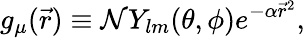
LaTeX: g_{\mu}(\vec{r})\equiv\mathcal{N}Y_{lm}(\theta,\phi)e^{-\alpha\vec{r}^{2}},